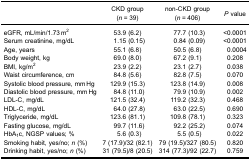
|  | CKD group(n = 39) | non-CKD group(n = 406) | P value |
 | --- | --- | --- | --- |
 | eGFR, mL/min/1.73 m2 | 53.9 (6.2) | 77.7 (10.3) | <0.0001 |
 | Serum creatinine, mg/dL | 1.15 (0.15) | 0.84 (0.09) | <0.0001 |
 | Age, years | 55.1 (6.8) | 50.5 (6.8) | 0.0004 |
 | Body weight, kg | 69.0 (8.0) | 67.2 (9.1) | 0.208 |
 | BMI, kg/m2 | 23.9 (2.2) | 23.1 (2.7) | 0.038 |
 | Waist circumference, cm | 84.8 (5.6) | 82.8 (7.5) | 0.070 |
 | Systolic blood pressure, mm Hg | 129.9 (15.3) | 123.8 (14.9) | 0.008 |
 | Diastolic blood pressure, mm Hg | 84.8 (11.0) | 79.9 (10.9) | 0.002 |
 | LDL-C, mg/dL | 121.5 (32.4) | 119.2 (32.3) | 0.468 |
 | HDL-C, mg/dL | 64.0 (27.8) | 63.0 (22.5) | 0.690 |
 | Triglyceride, mg/dL | 123.6 (81.1) | 109.8 (78.1) | 0.323 |
 | Fasting glucose, mg/dL | 99.7 (11.6) | 92.2 (25.2) | 0.074 |
 | HbA1c, NGSP values; % | 5.6 (0.3) | 5.5 (0.5) | 0.022 |
 | Smoking habit, yes/no; n (%) | 7 (17.9)/32 (82.1) | 79 (19.5)/327 (80.5) | 0.820 |
 | Drinking habit, yes/no; n (%) | 31 (79.5)/8 (20.5) | 314 (77.3)/92 (22.7) | 0.759 |